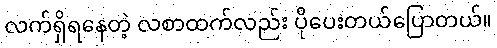
လက်ရှိရနေတဲ့ လစာထက်လည်း ပိုပေးတယ်ပြောတယ်။